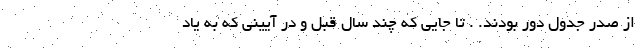
از صدر جدول دور بودند. . تا جایی که چند سال قبل و در آیینی که به یاد